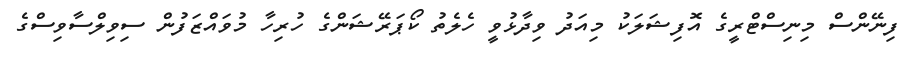
ފިނޭންސް މިނިސްޓްރީގެ އޮފިޝަލަކު މިއަދު ވިދާޅުވީ ހެލެތު ކޯޕަރޭޝަންގެ ހުރިހާ މުވައްޒަފުން ސިވިލްސާވިސްގެ